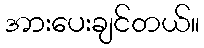
အားပေးချင်တယ်။